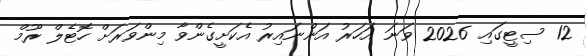
12 ސިޓީގައި 2026 ވަނަ އަހަރު އަންނައިރު އެކަށީގެންވާ މިންވަރަށް ހޮޓެލް ރޫމް